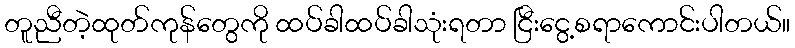
တူညီတဲ့ထုတ်ကုန်တွေကို ထပ်ခါထပ်ခါသုံးရတာ ငြီးငွေ့စရာကောင်းပါတယ်။